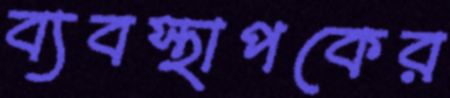
ব্যবস্থাপকের